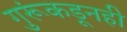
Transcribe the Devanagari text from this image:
गुरूंकडूनही